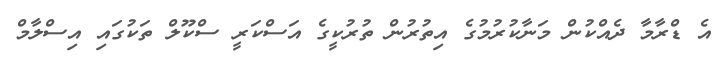
އެ ޑްރާމާ ދެއްކުން މަނާކުރުމުގެ އިތުރުން ތުރުކީގެ އަސްކަރީ ސްކޫލް ތަކުގައި އިސްލާމް